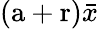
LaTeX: (\mathrm{a}+\mathrm{r})\bar{x}